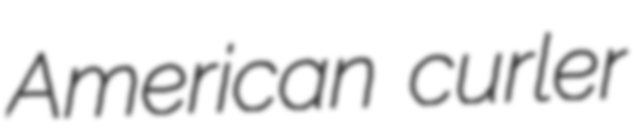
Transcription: American curler